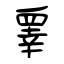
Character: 睾